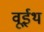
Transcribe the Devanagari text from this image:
वूईथ